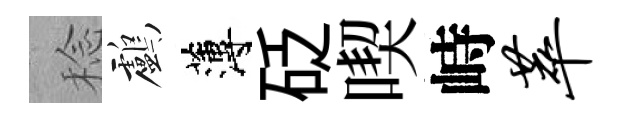
稔鸕薄砭喫峙萃